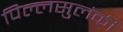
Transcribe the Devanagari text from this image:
पिल्लसुलंकी